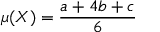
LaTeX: \mu ( X ) = { \frac { a + 4 b + c } { 6 } }